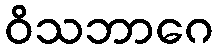
ဝိသဘာဂေ